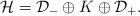
LaTeX: \begin{align*}\mathcal H = \mathcal D_- \oplus K \oplus \mathcal D_+.\end{align*}